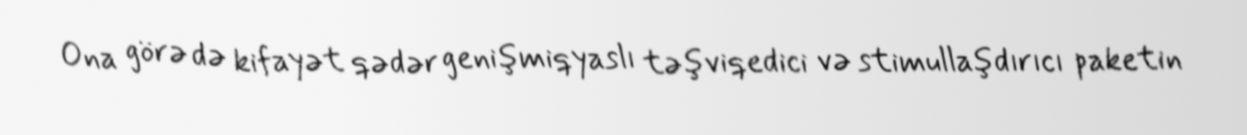
Ona görə də kifayət qədər genişmiqyaslı təşviqedici və stimullaşdırıcı paketin